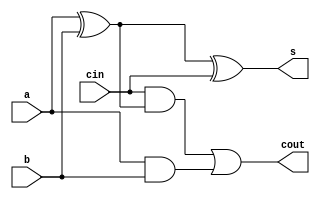
module add_sub1(a, b,cin,s,cout);
input a , b , cin;
output s , cout ;
wire xorab , andab , andxorcab ;
xor g1(xorab , a , b);
xor g2(s, xorab , cin);
and g3(andab , a , b);
and g4(andxorcab , cin , xorab);
or g5(cout , andxorcab , andab);
endmodule

module add_sub(a , b , cin, sum, cout);
input [3:0] a;
input [3:0] b;
input cin;
output[1:0] sum;
output cout;
wire carry;
add_sub1 g5(a[0],b[0], cin , sum[0],carry);
add_sub1 g6(a[1],b[1], carry , sum[1],cout);
endmodule